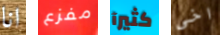
انا مفزع كثيرآ اخى